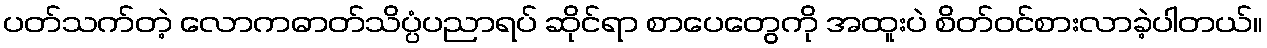
ပတ်သက်တဲ့ လောကဓာတ်သိပ္ပံပညာရပ် ဆိုင်ရာ စာပေတွေကို အထူးပဲ စိတ်ဝင်စားလာခဲ့ပါတယ်။